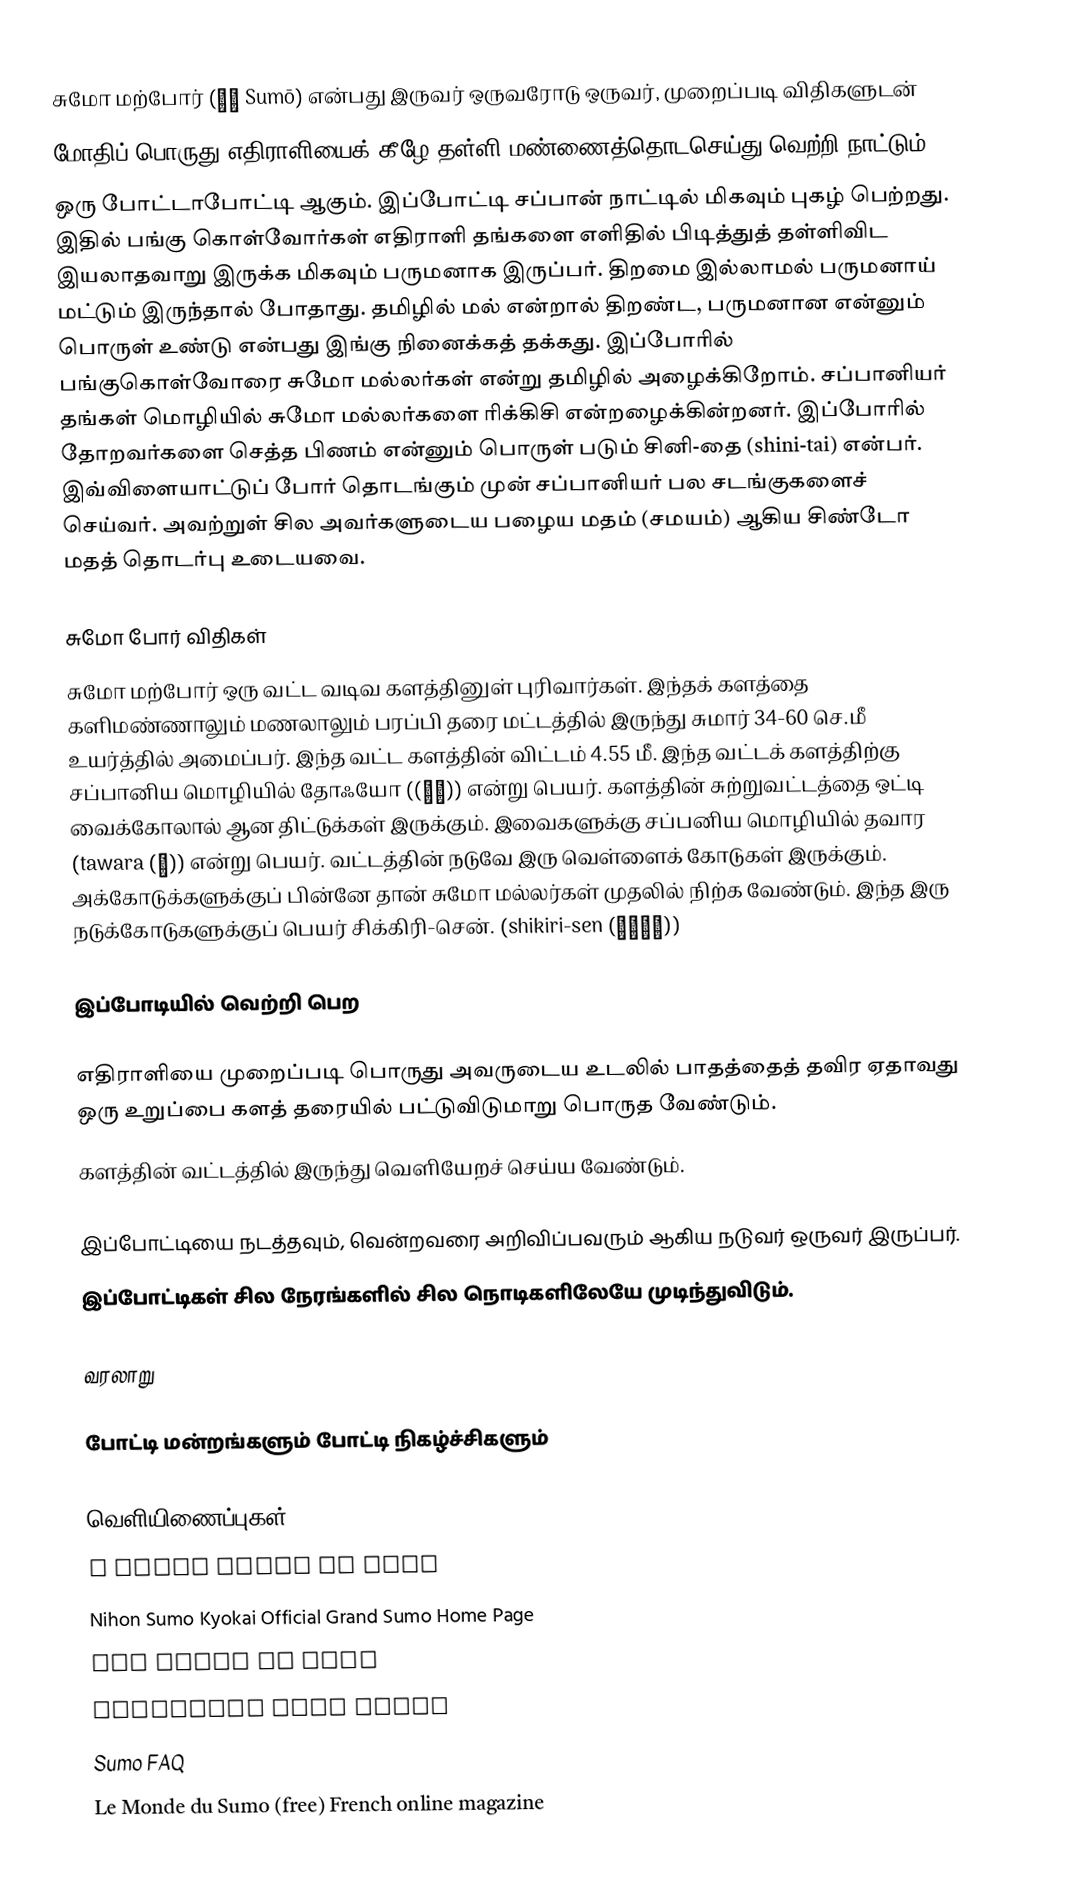
சுமோ மற்போர் (相撲 Sumō) என்பது இருவர் ஒருவரோடு ஒருவர், முறைப்படி விதிகளுடன்
மோதிப் பொருது எதிராளியைக் கீழே தள்ளி மண்ணைத்தொடசெய்து வெற்றி நாட்டும்
ஒரு போட்டாபோட்டி ஆகும். இப்போட்டி சப்பான் நாட்டில் மிகவும் புகழ் பெற்றது. இதில் பங்கு கொள்வோர்கள் எதிராளி தங்களை எளிதில் பிடித்துத் தள்ளிவிட இயலாதவாறு இருக்க மிகவும் பருமனாக இருப்பர். திறமை இல்லாமல் பருமனாய் மட்டும் இருந்தால் போதாது. தமிழில் மல் என்றால் திறண்ட, பருமனான என்னும் பொருள் உண்டு என்பது இங்கு நினைக்கத் தக்கது. இப்போரில் பங்குகொள்வோரை சுமோ மல்லர்கள் என்று தமிழில் அழைக்கிறோம். சப்பானியர் தங்கள் மொழியில் சுமோ மல்லர்களை ரிக்கிசி என்றழைக்கின்றனர். இப்போரில் தோறவர்களை செத்த பிணம் என்னும் பொருள் படும் சினி-தை (shini-tai) என்பர். இவ்விளையாட்டுப் போர் தொடங்கும் முன் சப்பானியர் பல சடங்குகளைச் செய்வர். அவற்றுள் சில அவர்களுடைய பழைய மதம் (சமயம்) ஆகிய சிண்டோ மதத் தொடர்பு உடையவை.

சுமோ போர் விதிகள்
சுமோ மற்போர் ஒரு வட்ட வடிவ களத்தினுள் புரிவார்கள். இந்தக் களத்தை களிமண்ணாலும் மணலாலும் பரப்பி தரை மட்டத்தில் இருந்து சுமார் 34-60 செ.மீ உயர்த்தில் அமைப்பர். இந்த வட்ட களத்தின் விட்டம் 4.55 மீ. இந்த வட்டக் களத்திற்கு சப்பானிய மொழியில் தோஃயோ ((土俵)) என்று பெயர். களத்தின் சுற்றுவட்டத்தை ஒட்டி வைக்கோலால் ஆன திட்டுக்கள் இருக்கும். இவைகளுக்கு சப்பனிய மொழியில் தவார (tawara (俵)) என்று பெயர். வட்டத்தின் நடுவே இரு வெள்ளைக் கோடுகள் இருக்கும். அக்கோடுக்களுக்குப் பின்னே தான் சுமோ மல்லர்கள் முதலில் நிற்க வேண்டும். இந்த இரு நடுக்கோடுகளுக்குப் பெயர் சிக்கிரி-சென். (shikiri-sen (仕切り線))

இப்போடியில் வெற்றி பெற

 எதிராளியை முறைப்படி பொருது அவருடைய உடலில் பாதத்தைத் தவிர ஏதாவது ஒரு உறுப்பை களத் தரையில் பட்டுவிடுமாறு பொருத வேண்டும்.
 களத்தின் வட்டத்தில் இருந்து வெளியேறச் செய்ய வேண்டும்.

இப்போட்டியை நடத்தவும், வென்றவரை அறிவிப்பவரும் ஆகிய நடுவர் ஒருவர் இருப்பர்.
இப்போட்டிகள் சில நேரங்களில் சில நொடிகளிலேயே முடிந்துவிடும்.

வரலாறு

போட்டி மன்றங்களும் போட்டி நிகழ்ச்சிகளும்

வெளியிணைப்புகள்
 A Brief Guide to Sumo
 Nihon Sumo Kyokai Official Grand Sumo Home Page
 The World of Sumo
 worldwide sumo forum
 Sumo FAQ
 Le Monde du Sumo (free) French online magazine